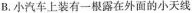
B.小汽车上装有一根露在外面的小天线